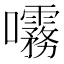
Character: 𫝞